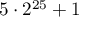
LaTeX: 5 \cdot 2 ^ { 2 5 } + 1